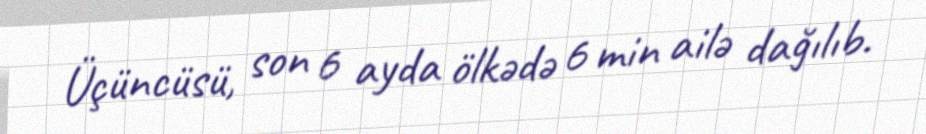
Üçüncüsü, son 6 ayda ölkədə 6 min ailə dağılıb.